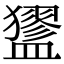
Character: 𥃃